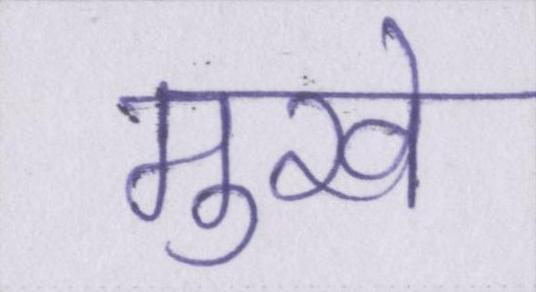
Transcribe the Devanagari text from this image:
मुखे